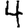
Digit: 4